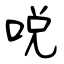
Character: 哾